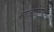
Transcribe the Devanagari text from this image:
माजोली